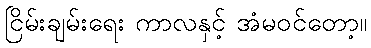
ငြိမ်းချမ်းရေး ကာလနှင့် အံမဝင်တော့။